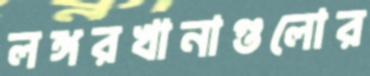
লঙ্গরখানাগুলোর